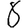
Digit: 8